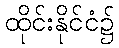
ထိုင်းနိုင်ငံ၌